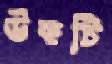
উকটি